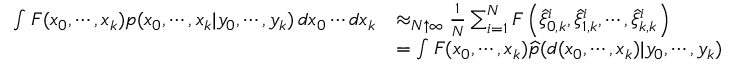
{ \begin{array} { r l } { \int F ( x _ { 0 } , \cdots , x _ { k } ) p ( x _ { 0 } , \cdots , x _ { k } | y _ { 0 } , \cdots , y _ { k } ) \, d x _ { 0 } \cdots d x _ { k } } & { \approx _ { N \uparrow \infty } { \frac { 1 } { N } } \sum _ { i = 1 } ^ { N } F \left( { \widehat { \xi } } _ { 0 , k } ^ { i } , { \widehat { \xi } } _ { 1 , k } ^ { i } , \cdots , { \widehat { \xi } } _ { k , k } ^ { i } \right) } \\ & { = \int F ( x _ { 0 } , \cdots , x _ { k } ) { \widehat { p } } ( d ( x _ { 0 } , \cdots , x _ { k } ) | y _ { 0 } , \cdots , y _ { k } ) } \end{array} }